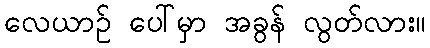
လေယာဉ် ပေါ်မှာ အခွန် လွတ်လား။